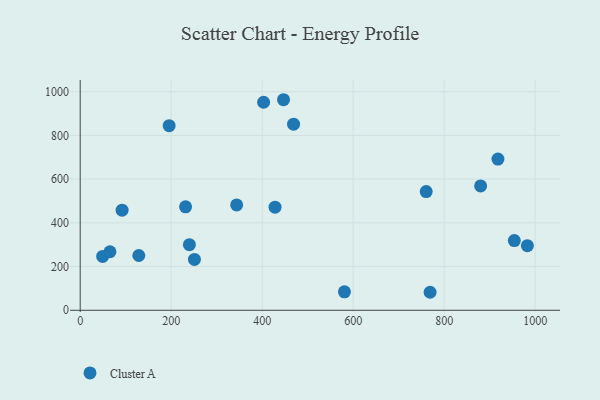
{"axis": {"x": "Distance", "y": "Sales"}, "legend": ["Cluster A"], "data": [{"x": "92.1", "y": 458.0, "type": "Cluster A"}, {"x": "49.3", "y": 246.5, "type": "Cluster A"}, {"x": "343.9", "y": 482.1, "type": "Cluster A"}, {"x": "195.5", "y": 844.3, "type": "Cluster A"}, {"x": "760.5", "y": 542.9, "type": "Cluster A"}, {"x": "580.8", "y": 84.3, "type": "Cluster A"}, {"x": "240.0", "y": 300.3, "type": "Cluster A"}, {"x": "954.2", "y": 318.9, "type": "Cluster A"}, {"x": "403.1", "y": 951.6, "type": "Cluster A"}, {"x": "128.8", "y": 250.6, "type": "Cluster A"}, {"x": "65.4", "y": 267.7, "type": "Cluster A"}, {"x": "918.2", "y": 691.6, "type": "Cluster A"}, {"x": "469.0", "y": 851.5, "type": "Cluster A"}, {"x": "982.9", "y": 295.7, "type": "Cluster A"}, {"x": "251.1", "y": 232.8, "type": "Cluster A"}, {"x": "231.6", "y": 473.4, "type": "Cluster A"}, {"x": "428.3", "y": 471.9, "type": "Cluster A"}, {"x": "446.9", "y": 963.2, "type": "Cluster A"}, {"x": "880.1", "y": 568.9, "type": "Cluster A"}, {"x": "769.1", "y": 82.4, "type": "Cluster A"}]}